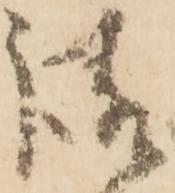
請